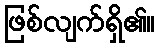
ဖြစ်လျက်ရှိ၏။